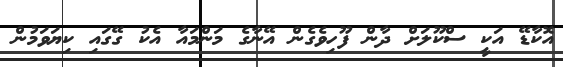
އޮކާޑޭ އަކީ ސްކޫލަށް ދާން ފޫހިވެގެން އޭނާގެ މަންމައާ އެކު ގޭގައި ކިޔަވަމުން